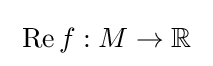
\;\operatorname {Re} f:M\to \mathbb {R} \;